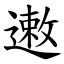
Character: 遫